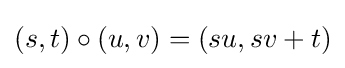
(s,t)\circ (u,v)=(su,sv+t)